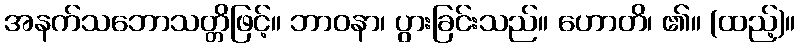
အနက်သဘောသတ္တိဖြင့်။ ဘာဝနာ၊ ပွားခြင်းသည်။ ဟောတိ၊ ၏။ (ထည့်)။